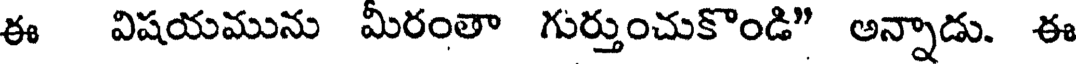
ఈ విషయమును మీరంతా గుర్తుంచుకొండి" అన్నాడు. ఈ